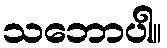
သဘောပါ။